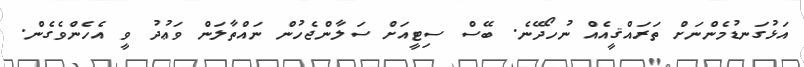
އަޅުގަނޑުމެންނަށް ތަރައްޤީއެއް ނުހޯދޭނެ. ބޭސް ސިޓީއަށް ސަލާންޖެހުން ނައްތާލަން ވަޢުދު ވީ އެހެންވެގެން.